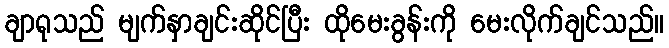
ချာရုသည် မျက်နှာချင်းဆိုင်ပြီး ထိုမေးခွန်းကို မေးလိုက်ချင်သည်။